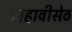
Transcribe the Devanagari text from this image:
महावीसेठ